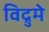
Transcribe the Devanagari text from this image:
विद्रुमे